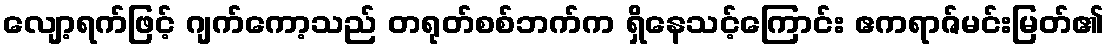
လျော့ရက်ဖြင့် ဂျက်ကော့သည် တရုတ်စစ်ဘက်က ရှိနေသင့်ကြောင်း ဧကရာဇ်မင်းမြတ်၏